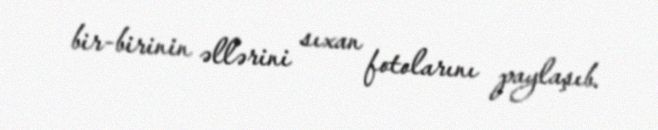
bir-birinin əllərini sıxan fotolarını paylaşıb.